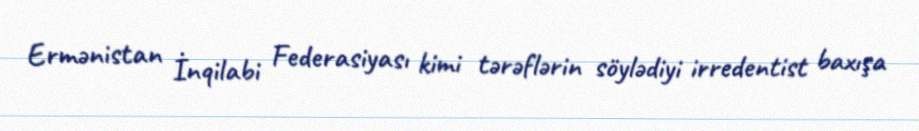
Ermənistan İnqilabi Federasiyası kimi tərəflərin söylədiyi irredentist baxışa